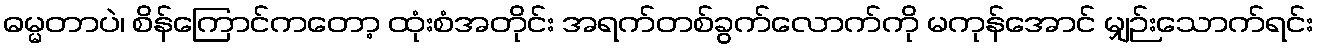
ဓမ္မတာပဲ၊ စိန်ကြောင်ကတော့ ထုံးစံအတိုင်း အရက်တစ်ခွက်လောက်ကို မကုန်အောင် မျှဉ်းသောက်ရင်း